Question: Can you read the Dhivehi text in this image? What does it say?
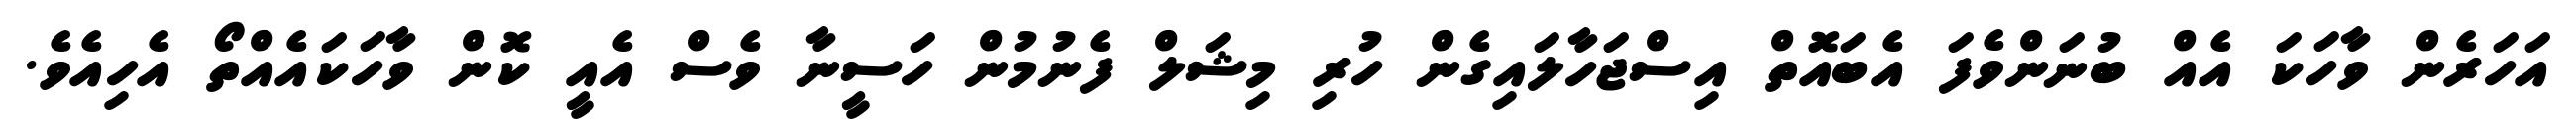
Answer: އަހަރެން ވާހަކަ އެއް ބުނަންވެފަ އެބައޮތް އިސްޖަހާލައިގެން ހުރި މިޝަލް ފެނުމުން ހަސީނާ ވެސް އެއީ ކޮން ވާހަކައެއްތޯ އެހިއެވެ.